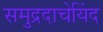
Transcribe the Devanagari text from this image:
समुद्रदाचेयिंद